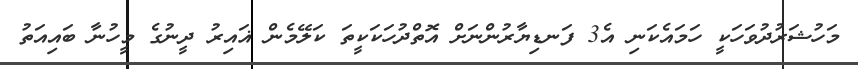
މަހުޝަރުދުވަހަކީ ހަމައެކަނި އެ3 ފަނޑިޔާރުންނަށް އޮތްދުހަކަކީތަ ކަލޭމެން ޣައިރު ދީނުގެ މީހުނާ ބައިއަތު